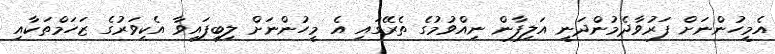
އެމީހުންނަށް ފަރުވާދެމުންދަނީ އަލިފާން ނިއްވުމުގެ ތެރޭގައި އެ މީހުންނަށް ލިބިފައިވާ އެކިވަރުގެ ޒަހަމްތަކާއި